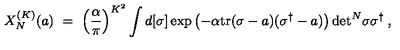
X _ { N } ^ { ( K ) } ( a ) \ = \ \left( \frac { \alpha } { \pi } \right) ^ { K ^ { 2 } } \int d [ \sigma ] \exp \left( - \alpha { \mathrm { t r } } ( \sigma - a ) ( \sigma ^ { \dagger } - a ) \right) \mathrm { d e t } ^ { N } \sigma \sigma ^ { \dagger } \: ,